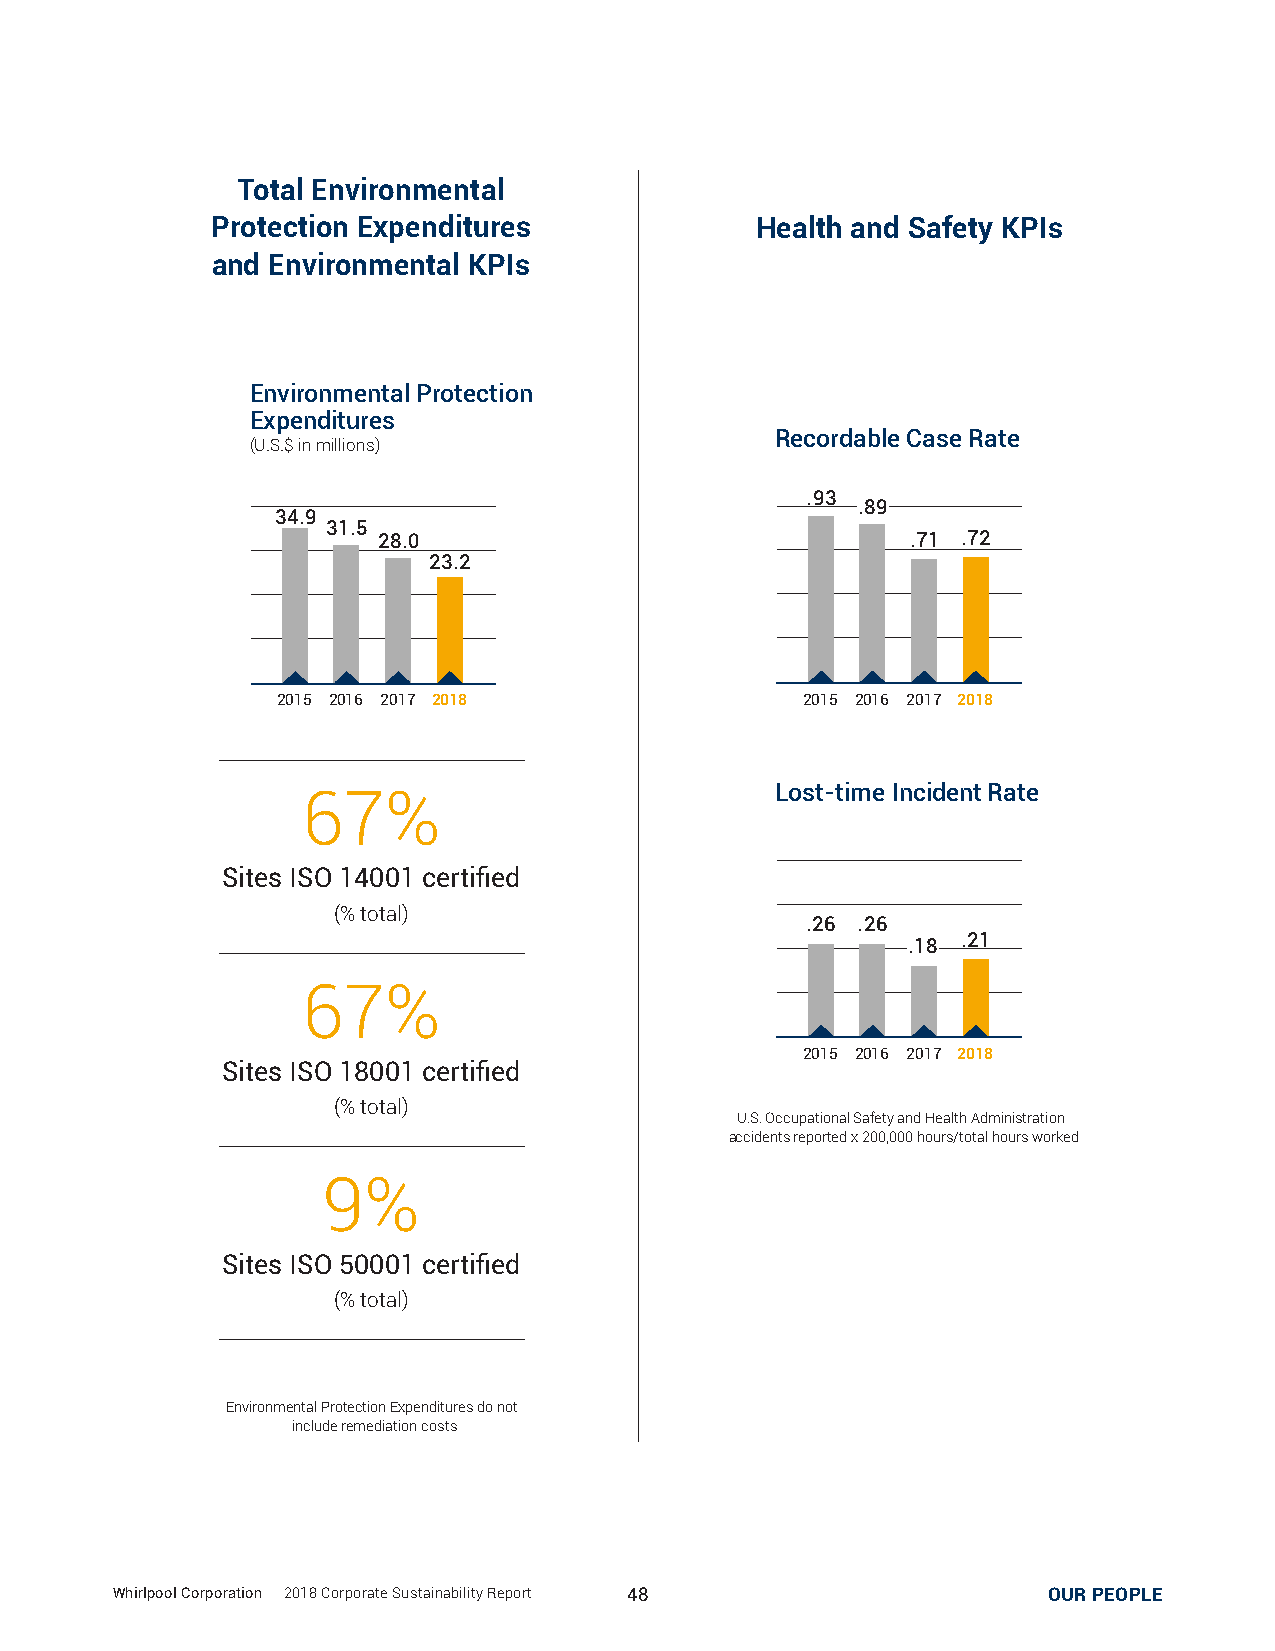
Total Environmental
 Protection Expenditures             Health and Safety KPIs
 and Environmental KPIs
 Environmental Protection
 Expenditures
 Recordable Case Rate
 (U.S.$ in millions)
 .93
 .89
 34.9
 31.5
 28.0                               .71 .72
 23.2
 2015 2016 2017 2018                2015 2016 2017 2018
 Lost-time Incident Rate
 67%
 Sites ISO 14001 certified
 (% total)
 .26 .26
 .18 .21
 67%
 2015 2016 2017 2018
 Sites ISO 18001 certified
 (% total)
 U.S. Occupational Safety and Health Administration
 accidents reported x 200,000 hours/total hours worked
 9%
 Sites ISO 50001 certified
 (% total)
 Environmental Protection Expenditures do not
 include remediation costs
 WWhhiirrllppooooll CCoorrppoorraattiioonn || 22001188 CCoorrppoorraattee SSuussttaaiinnaabbiilliittyy RReeppoorrtt 4488 SUSTAINABLEO UPRR OPDEUOCPTLSE